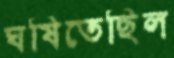
ঘষিতেছিল